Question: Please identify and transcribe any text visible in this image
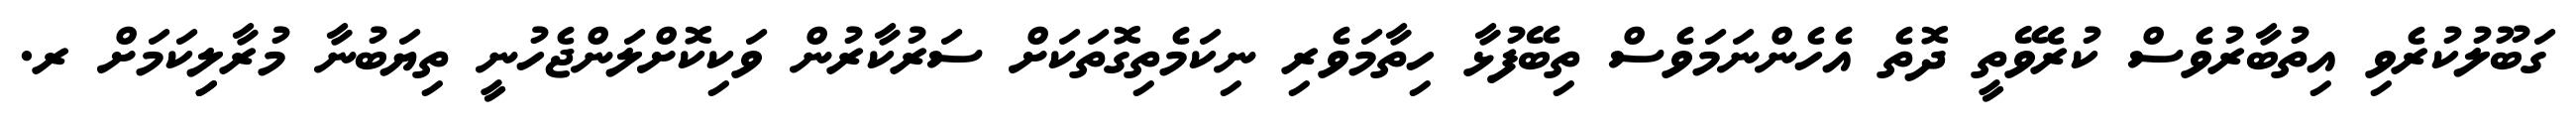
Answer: ގަބޫލުކުރެވި އިތުބާރުވެސް ކުރެވޭތީ ދޮތެ އެހެންނަމަވެސް ތިބޭފުޅާ ހިތާމަވެރި ނިކަމެތިގޮތަކަށް ސަރުކާރުން ވަކިކޮށްލަންޖެހުނީ ތިޔަބުނާ މުރާލިިކަމަށް ރ.